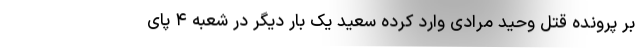
بر پرونده قتل وحید مرادی وارد کرده سعید یک بار دیگر در شعبه ۴ پای